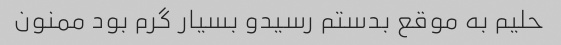
حلیم به موقع بدستم رسیدو بسیار گرم بود ممنون